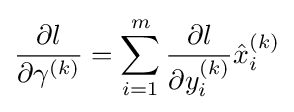
{\frac {\partial l}{\partial \gamma ^{(k)}}}=\sum _{i=1}^{m}{\frac {\partial l}{\partial y_{i}^{(k)}}}{\hat {x}}_{i}^{(k)}